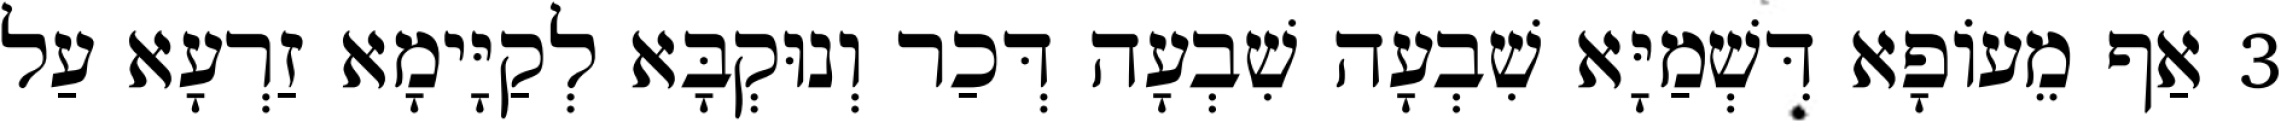
3 אַף מֵעוֹפָא דִּשְׁמַיָּא שִׁבְעָה שִׁבְעָה דְּכַר וְנוּקְבָּא לְקַיָּימָא זַרְעָא עַל